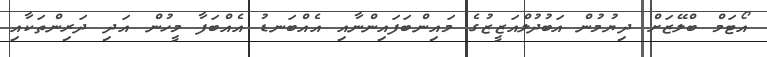
އޯޓަމް ބްލޭޒަށް ދިޔުމުން އަބުދުލްއަޒީޒުގެ މައިންބަފައިންނާއި އެއްބަނޑު އެއްބަފާ މީހުން އަދި ދަރިންތަކާއި